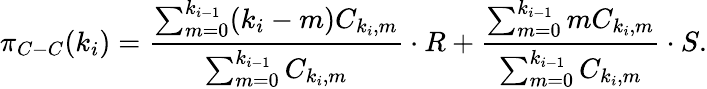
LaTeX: \pi_{C-C}(k_{i})=\frac{\sum_{m=0}^{k_{i-1}}(k_{i}-m)C_{k_{i},m}}{\sum_{m=0}^{k_{i-1}}C_{k_{i},m}}\cdot R+\frac{\sum_{m=0}^{k_{i-1}}mC_{k_{i},m}}{\sum_{m=0}^{k_{i-1}}C_{k_{i},m}}\cdot S.